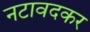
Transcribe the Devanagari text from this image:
नटावदकर